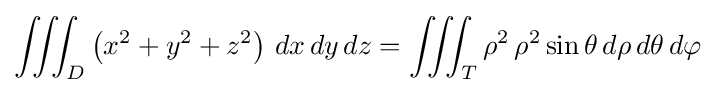
\iiint _{D}\left(x^{2}+y^{2}+z^{2}\right)\,dx\,dy\,dz=\iiint _{T}\rho ^{2}\,\rho ^{2}\sin \theta \,d\rho \,d\theta \,d\varphi